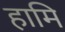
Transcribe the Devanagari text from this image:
हामि